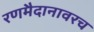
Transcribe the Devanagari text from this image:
रणमैदानावरच